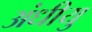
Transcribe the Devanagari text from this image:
अंधीयु